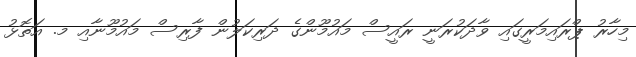
މިހާރު ޕްރައިމަރީގައި ވާދަކުރަނީ ރައީސް މައުމޫންގެ ދަރިކަލުން ފާރިސް މައުމޫނާއި މ. އަތޮޅު